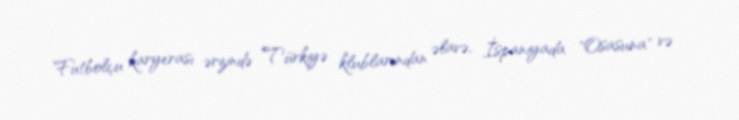
Futbolçu karyerası ərzində Türkiyə klublarından əlavə, İspaniyada "Osasuna" və